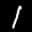
Label: 1